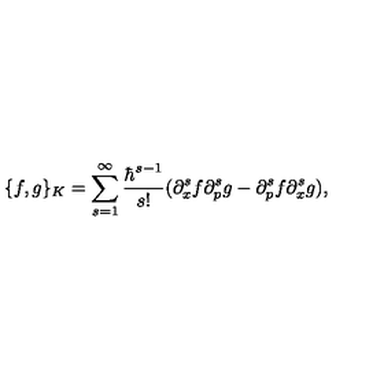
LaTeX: \{ f , g \} _ { K } = \sum _ { s = 1 } ^ { \infty } { \frac { \hbar ^ { s - 1 } } { s ! } } ( \partial _ { x } ^ { s } f \partial _ { p } ^ { s } g - \partial _ { p } ^ { s } f \partial _ { x } ^ { s } g ) ,